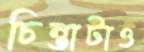
চিন্তাটাও